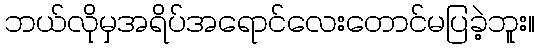
ဘယ်လိုမှအရိပ်အရောင်လေးတောင်မပြခဲ့ဘူး။